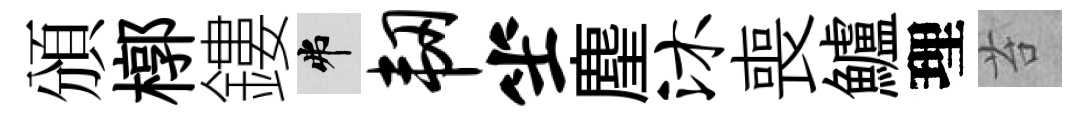
頒槨鏤弗韧坐麈沐喪鱸理苔